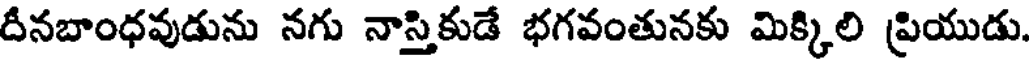
దీనబాంధవుడును నగు నాస్తికుడే భగవంతునకు మిక్కిలి ప్రియుడు.